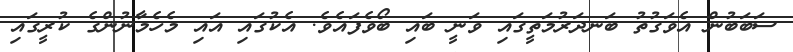
ސަބަބުން އެވަގުތު ބަނދަރުމަތީގައި ވަނީ ބައި ބޯވެފައެވެ. އެކުގައި އައި މެހެމާނުންގެ ކުރީގައި